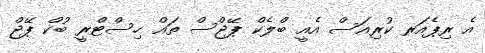
އެ ރިޕެއަރ ކުރިއަސް އެއީ ބްލެކް ޕޭޖްސް ތައް ހިސްޓްރީ ބުކް ޕޭޖް